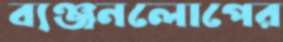
ব্যঞ্জনলোপের